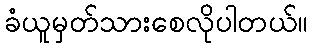
ခံယူမှတ်သားစေလိုပါတယ်။